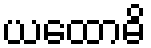
ယထောဓိ